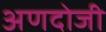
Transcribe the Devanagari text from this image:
अणदोजी